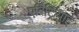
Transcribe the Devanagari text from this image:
एरिट्रियाई